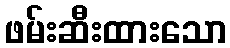
ဖမ်းဆီးထားသော